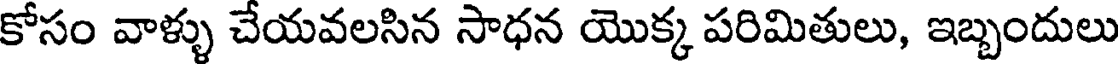
కోసం వాళ్ళు చేయవలసిన సాధన యొక్క పరిమితులు, ఇబ్బందులు